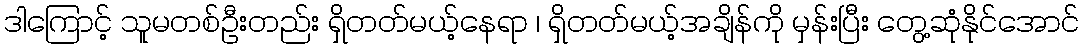
ဒါကြောင့် သူမတစ်ဦးတည်း ရှိတတ်မယ့်နေရာ ၊ ရှိတတ်မယ့်အချိန်ကို မှန်းပြီး တွေ့ဆုံနိုင်အောင်